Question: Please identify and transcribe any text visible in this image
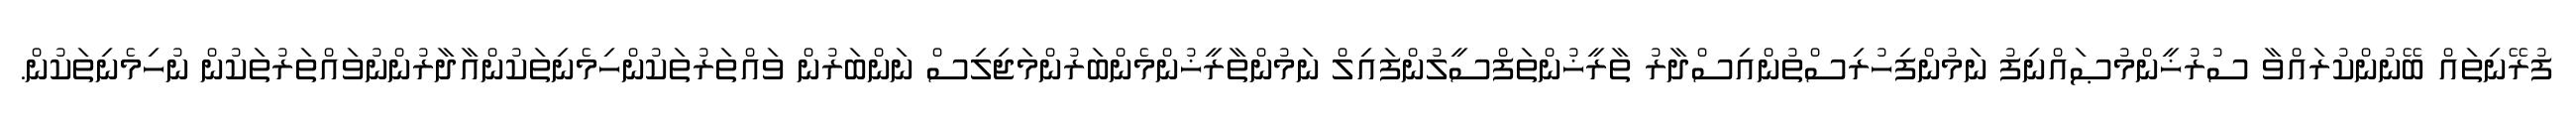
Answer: ފުރޭނިތައް ބޭނުންކުރައްވާ ސުރުޚީންމުޞައްނިފު ނަމުންފިހުރިސްތުންއިސްދާރު ތާރީޚުންތަފްސީލުންފައިލް ނަމުންތާރީޚުންމެންބަރުންމަޖިލިސް ނަންބަރުން ވައްތަރުތަކުންހިމެނިތަކުންއާދާރުންނުވައްތަރުތަކުން ނުހިމެނިތަކުން.